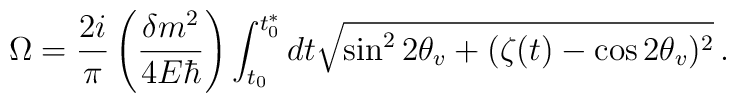
\Omega = \frac{2i}{\pi} \left(\frac{\delta m^2}{4E\hbar}\right)\int^{t_0^*}_{t_0}{dt \sqrt{\sin^2{2\theta_v} + (\zeta(t) - \cos{2\theta_v})^2}}\,.